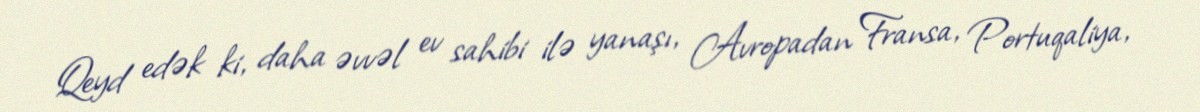
Qeyd edək ki, daha əvvəl ev sahibi ilə yanaşı, Avropadan Fransa, Portuqaliya,